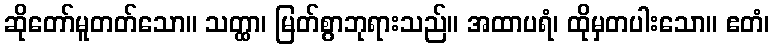
ဆိုတော်မူတတ်သော။ သတ္ထာ၊ မြတ်စွာဘုရားသည်။ အထာပရံ၊ ထိုမှတပါးသော။ ဧတံ၊